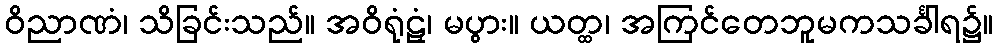
ဝိညာဏံ၊ သိခြင်းသည်။ အဝိရုံဠှံ၊ မပွား။ ယတ္ထ၊ အကြင်တေဘူမကသင်္ခါရ၌။